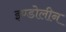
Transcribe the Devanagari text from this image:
इण्डोलीन